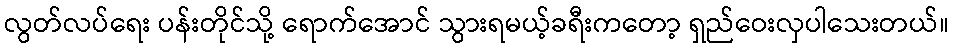
လွတ်လပ်ရေး ပန်းတိုင်သို့ ရောက်အောင် သွားရမယ့်ခရီးကတော့ ရှည်ဝေးလှပါသေးတယ်။